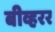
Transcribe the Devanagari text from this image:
बीव्हरर